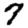
Digit: 7